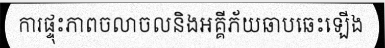
ការផ្ទុះភាពចលាចលនិងអគ្គីភ័យឆាបឆេះឡើង